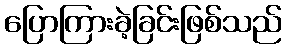
ပြောကြားခဲ့ခြင်းဖြစ်သည်